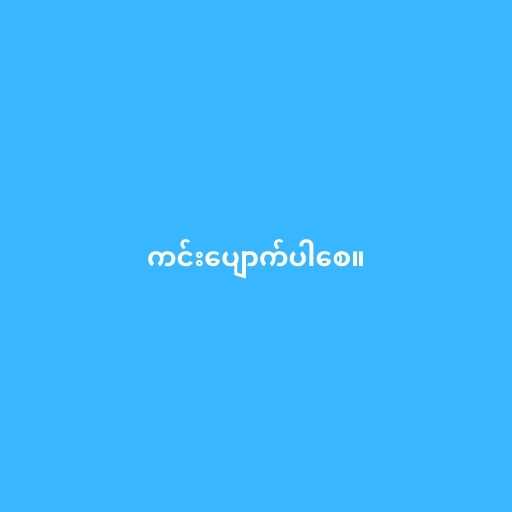
ကင်းပျောက်ပါစေ။